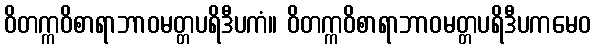
ဝိတက္ကဝိစာရာဘာဝမတ္တပရိဒီပကံ။ ဝိတက္ကဝိစာရာဘာဝမတ္တပရိဒီပကမေဝ